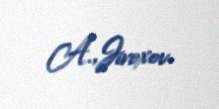
A.,Jiroxov.